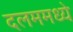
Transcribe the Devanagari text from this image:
दलममध्ये